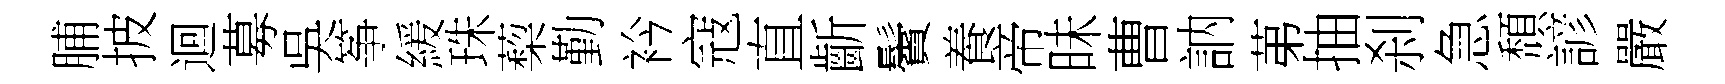
脯披迴募吳筝緩珠蔾勤衿寇直齗鬢養帝昧曹訥苐抽刹急頹諺嚴